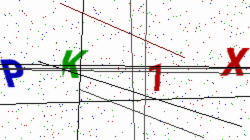
Text: PK1X